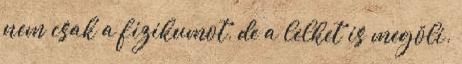
nem csak a fizikumot, de a lelket is megöli.